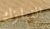
النيازك